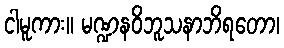
ငါမူကား။ မဏ္ဍနဝိဘူသနာဘိရတော၊